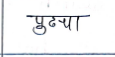
मजकूर: पुढचा